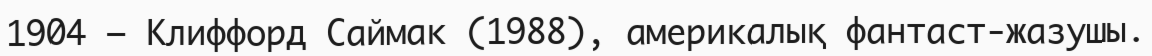
1904 — Клиффорд Саймак (1988), америкалық фантаст-жазушы.